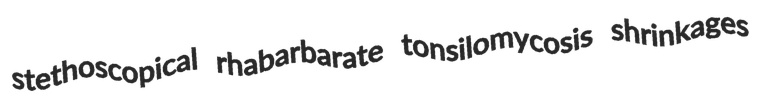
stethoscopical rhabarbarate tonsilomycosis shrinkages